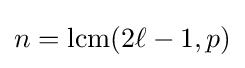
n={\text{lcm}}(2\ell -1,p)